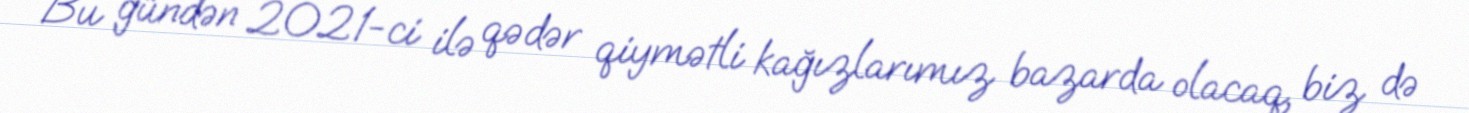
Bu gündən 2021-ci ilə qədər qiymətli kağızlarımız bazarda olacaq, biz də